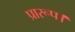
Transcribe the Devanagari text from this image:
प्रारूप।